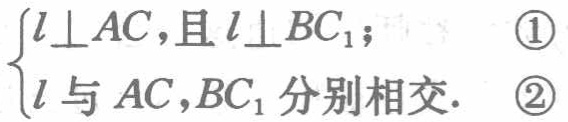
$\begin{cases}
l\perp AC，且l\perp BC_{1}；& \textcircled{1}\\
l与AC,BC_{1}分别相交.& \textcircled{2}
\end{cases}$